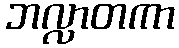
ဘလ္လာတကာ